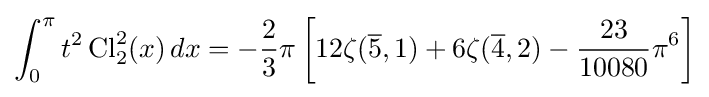
\int _{0}^{\pi }t^{2}\operatorname {Cl} _{2}^{2}(x)\,dx=-{\frac {2}{3}}\pi \left[12\zeta ({\overline {5}},1)+6\zeta ({\overline {4}},2)-{\frac {23}{10080}}\pi ^{6}\right]